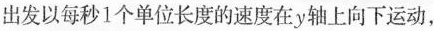
出发以每秒1个单位长度的速度在y轴上向下运动，